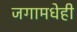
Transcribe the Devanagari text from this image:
जगामधेही